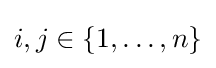
i,j\in \{1,\ldots ,n\}